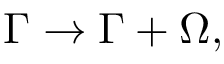
\Gamma \rightarrow \Gamma + \Omega ,